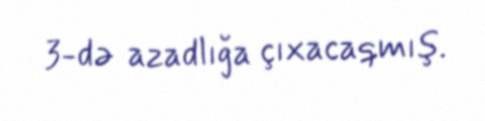
3-də azadlığa çıxacaqmış.